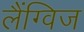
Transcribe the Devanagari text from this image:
लैंग्विज